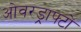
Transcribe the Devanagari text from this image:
ओवरड्राफ्टों